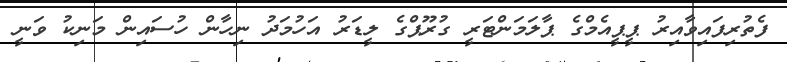
ފެތުރިފައިވާއިރު ޕީޕީއެމްގެ ޕާލަމަންޓަރީ ގުރޫޕްގެ ލީޑަރު އަހުމަދު ނިހާން ހުސައިން މަނިކު ވަނީ